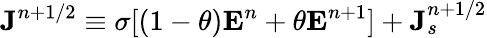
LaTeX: {\mathbf J}^{n+1/2}\equiv\sigma[(1-\theta){\mathbf E}^{n}+\theta{\mathbf E}^{n+1}]+{\mathbf J}_{s}^{n+1/2}